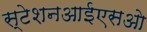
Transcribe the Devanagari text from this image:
स्टेशनआईएसओ